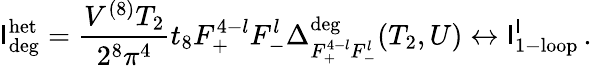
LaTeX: {\cal\mathsf{I}}_{\mathrm{{deg}}}^{\mathrm{{het}}}=\frac{{V^{(8)}T_{2}}}{{2^{8}\pi^{4}}}t_{8}F_{+}^{4-l}F_{-}^{l}\Delta_{F_{+}^{4-l}F_{-}^{l}}^{\mathrm{{deg}}}(T_{2},U)\leftrightarrow{\cal\mathsf{I}}_{\mathrm{{1-loop}}}^{\mathrm{{\mathsf{I}}}}\, .